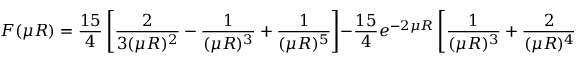
F ( \mu R ) = \frac { 1 5 } { 4 } \left[ \frac { 2 } { 3 ( \mu R ) ^ { 2 } } - \frac { 1 } { ( \mu R ) ^ { 3 } } + \frac { 1 } { ( \mu R ) ^ { 5 } } \right] - \frac { 1 5 } { 4 } e ^ { - 2 \mu R } \left[ \frac { 1 } { ( \mu R ) ^ { 3 } } + \frac { 2 } { ( \mu R ) ^ { 4 } } + \frac { 1 } { ( \mu R ) ^ { 5 } } \right] .